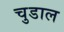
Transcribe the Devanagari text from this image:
चुडाल